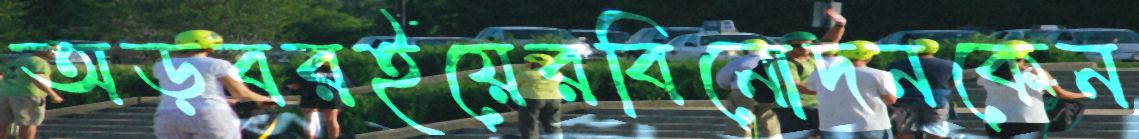
অড়বরইয়েরবিনোদনকেন